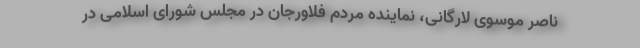
ناصر موسوی لارگانی، نماینده مردم فلاورجان در مجلس شورای اسلامی در